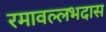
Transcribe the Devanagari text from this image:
रमावल्लभदास